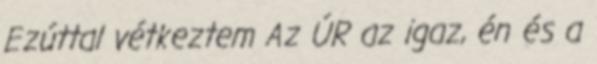
Ezúttal vétkeztem Az ÚR az igaz, én és a